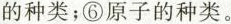
的种类；⑥原子的种类。